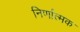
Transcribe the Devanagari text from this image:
निर्णात्मक